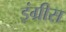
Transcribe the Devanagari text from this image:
इंग्रीस